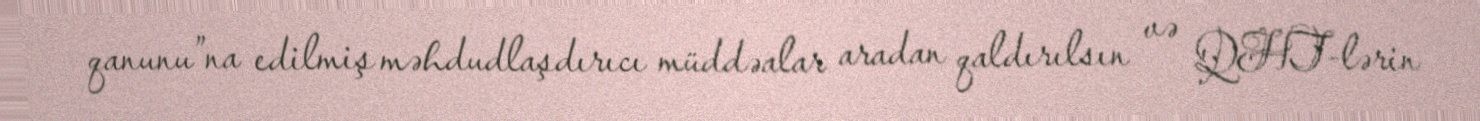
qanunu”na edilmiş məhdudlaşdırıcı müddəalar aradan qaldırılsın və QHT-lərin